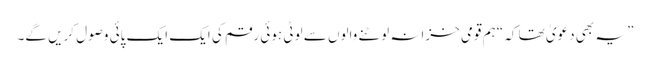
” یہ بھی دعویٰ تھا کہ “ہم قومی خزانہ لوٹنے والوں سے لوٹی ہوئی رقم کی ایک ایک پائی وصول کریں گے۔